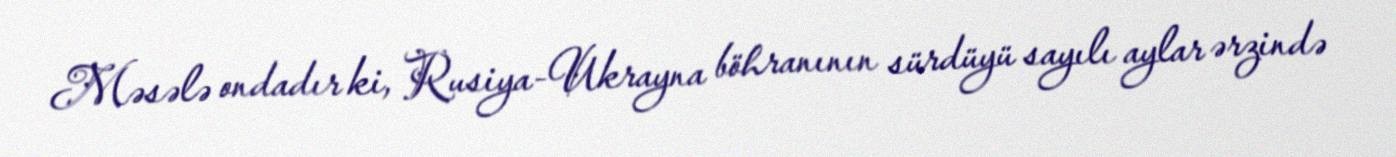
Məsələ ondadır ki, Rusiya-Ukrayna böhranının sürdüyü sayılı aylar ərzində